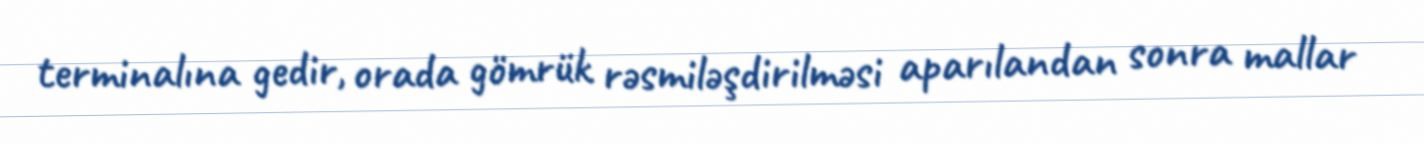
terminalına gedir, orada gömrük rəsmiləşdirilməsi aparılandan sonra mallar